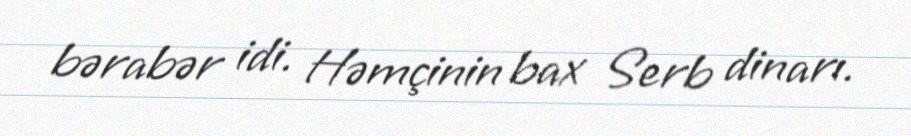
bərabər idi. Həmçinin bax Serb dinarı.